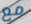
مع